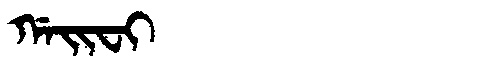
Manchu: ᡤᠠᡳᠸᡳ
Romanization: GAIFI